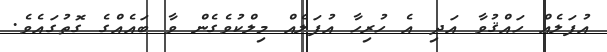
އުފަލެއް ހައްޤުވާ އަދި އެ ހުރިހާ އުފަލެއް މިލްކުވެގެން ވާ ބައެއްގެ ގޮތުގައެވެ.